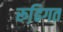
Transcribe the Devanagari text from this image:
रूढि़गत